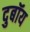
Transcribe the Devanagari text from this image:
दुबॉय